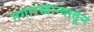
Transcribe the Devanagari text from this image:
नगारखान्यातून